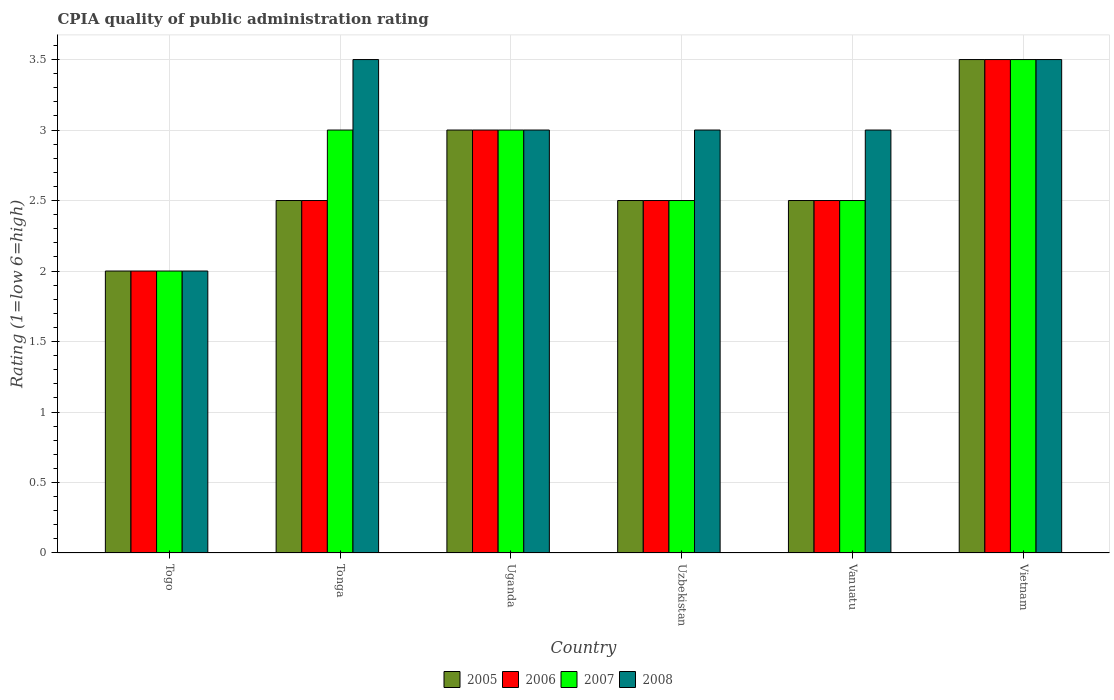
| Country | 2005 | 2006 | 2007 | 2008 |
 | --- | --- | --- | --- | --- |
 | Togo | 2 | 2 | 2 | 2 |
 | Tonga | 2.5 | 2.5 | 3 | 3.5 |
 | Uganda | 3 | 3 | 3 | 3 |
 | Uzbekistan | 2.5 | 2.5 | 2.5 | 3 |
 | Vanuatu | 2.5 | 2.5 | 2.5 | 3 |
 | Vietnam | 3.5 | 3.5 | 3.5 | 3.5 |